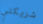
شريكتي